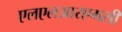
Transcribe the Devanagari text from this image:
एलएलआरएमसी